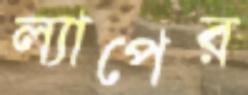
ল্যাপের